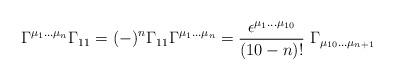
LaTeX: \begin{align*}\Gamma^{\mu_1...\mu_n} \Gamma_{11} =(-)^n \Gamma_{11} \Gamma^{\mu_1...\mu_n} = { \epsilon^{\mu_1...\mu_{10}} \over (10-n)!} \; \Gamma_{\mu_{10}...\mu_{n+1}}\end{align*}